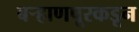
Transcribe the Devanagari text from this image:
बऱ्हाणपूरकडून